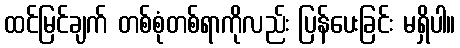
ထင်မြင်ချက် တစ်စုံတစ်ရာကိုလည်း ပြန်ပေးခြင်း မရှိပါ။